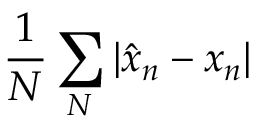
\frac { 1 } { N } \sum _ { N } | \hat { x } _ { n } - x _ { n } |